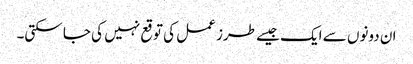
ان دونوں سے ایک جیسے طرز عمل کی توقع نہیں کی جا سکتی۔